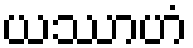
ယဿာဟံ